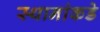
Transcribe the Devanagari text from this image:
स्थानांकडे